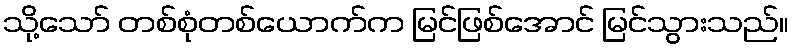
သို့သော် တစ်စုံတစ်ယောက်က မြင်ဖြစ်အောင် မြင်သွားသည်။